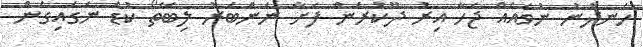
ހެނދުނު ނުވައެއް ޖަހާ އިރު ދޫކުރަން ފަށާ ނަންބަރު ލިބޭތޯ ކުޑަ ނަގައިގެން